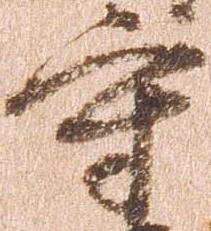
守